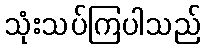
သုံးသပ်ကြပါသည်